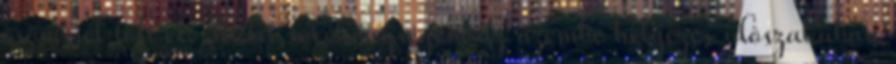
örömmel tölt el. Aktív tevékenységem az üzembe helyezés idôszakában